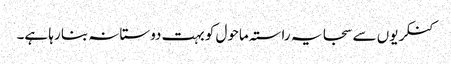
کنکریوں سے سجا یہ راستہ ماحول کو بہت دوستانہ بنا رہا ہے۔